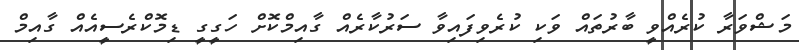
މަޝްވަރާ ކުރެއްވީ ބާރުތައް ވަކި ކުރެވިފައިވާ ސަރުކާރެއް ގާއިމްކޮށް ހަގީގީ ޑިމޮކްރެސީއެއް ގާއިމް